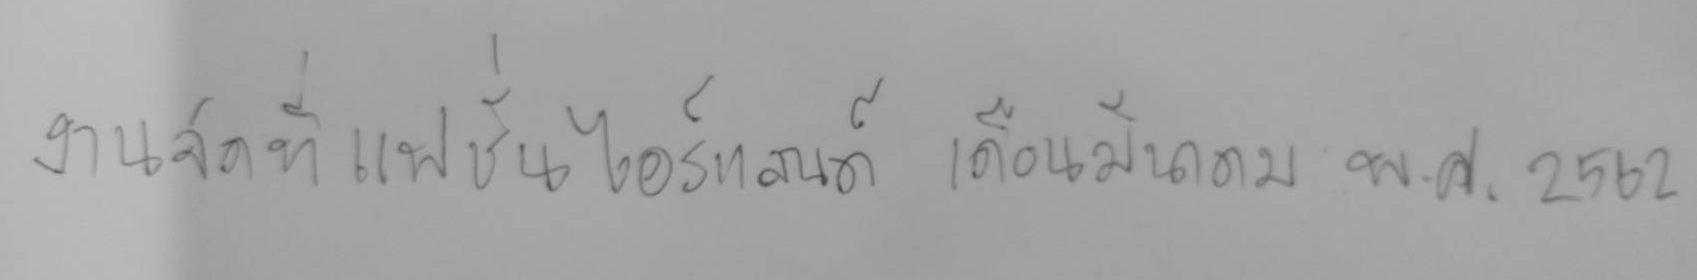
งานจัดที่แฟชั่นไอร์แลนด์ เดือนมีนาคม พศ